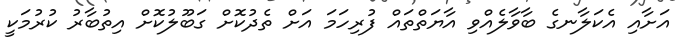
އަށާއި އެކަލާނގެ ބާވާލެއްވި އާޔަތްތައް ފުރިހަމަ އަށް ތެދުކޮށް ގަބޫލުކޮށް އިތުބާރު ކުރުމަކީ